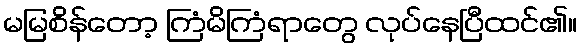
မမြစိန်တော့ ကြံမိကြံရာတွေ လုပ်နေပြီထင်၏။